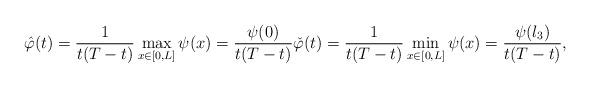
LaTeX: \begin{align*}\hat{\varphi} (t) = \frac{1}{t( T-t) } \max_{x\in [0,L]} \psi( x) =\frac{\psi( 0) }{t( T-t) }\check{\varphi} (t)= \frac{1}{t( T-t) } \min_{x\in [0,L]} \psi (x) =\frac{\psi( l_{3}) }{t( T-t) },\end{align*}